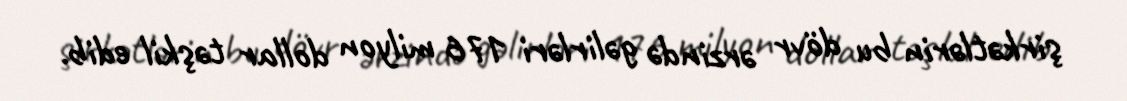
şirkətlərin bu dövr ərzində gəlirləri 176 milyon dollar təşkil edib.